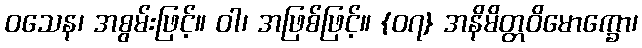
ဝသေန၊ အစွမ်းဖြင့်။ ဝါ၊ အဖြစ်ဖြင့်။ {၀၇} အနိမိတ္တဝိမောက္ခော၊